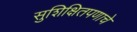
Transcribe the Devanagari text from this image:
सुशिक्षितपणाचे